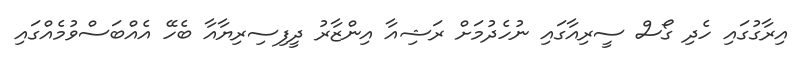
އިރާގުގައި ހެދި ގޯސް ސީރިއާގައި ނުހެދުމަށް ރަޝިއާ އިންޒާރު ދީފިސިރިޔާއާ ބެހޭ އެއްބަސްވުމެއްގައި